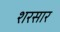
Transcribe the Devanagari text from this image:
शरसार